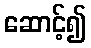
ဆောင့်၍